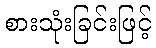
စားသုံးခြင်းဖြင့်